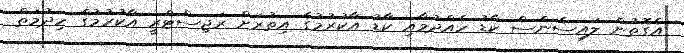
އެގޮތުން ލައިސެންސް ކާޑު ހެއްދުމާއި ކާޑު އާކުރުމުގެ އިތުރަށް ރަޖިސްޓްރީ އާކުރުމުގެ ހިދުމަތް